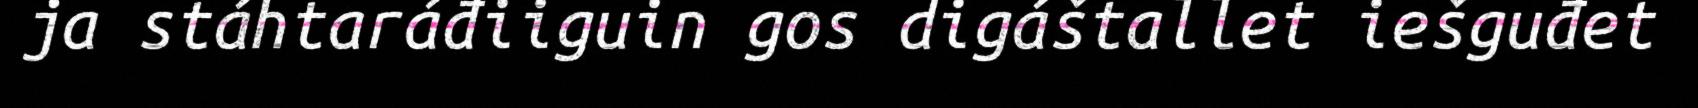
ja stáhtaráđiiguin gos digáštallet iešguđet